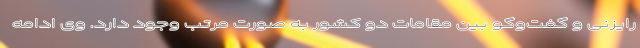
رایزنی و گفت‌وگو بین مقامات دو کشور به صورت مرتب وجود دارد. وی ادامه